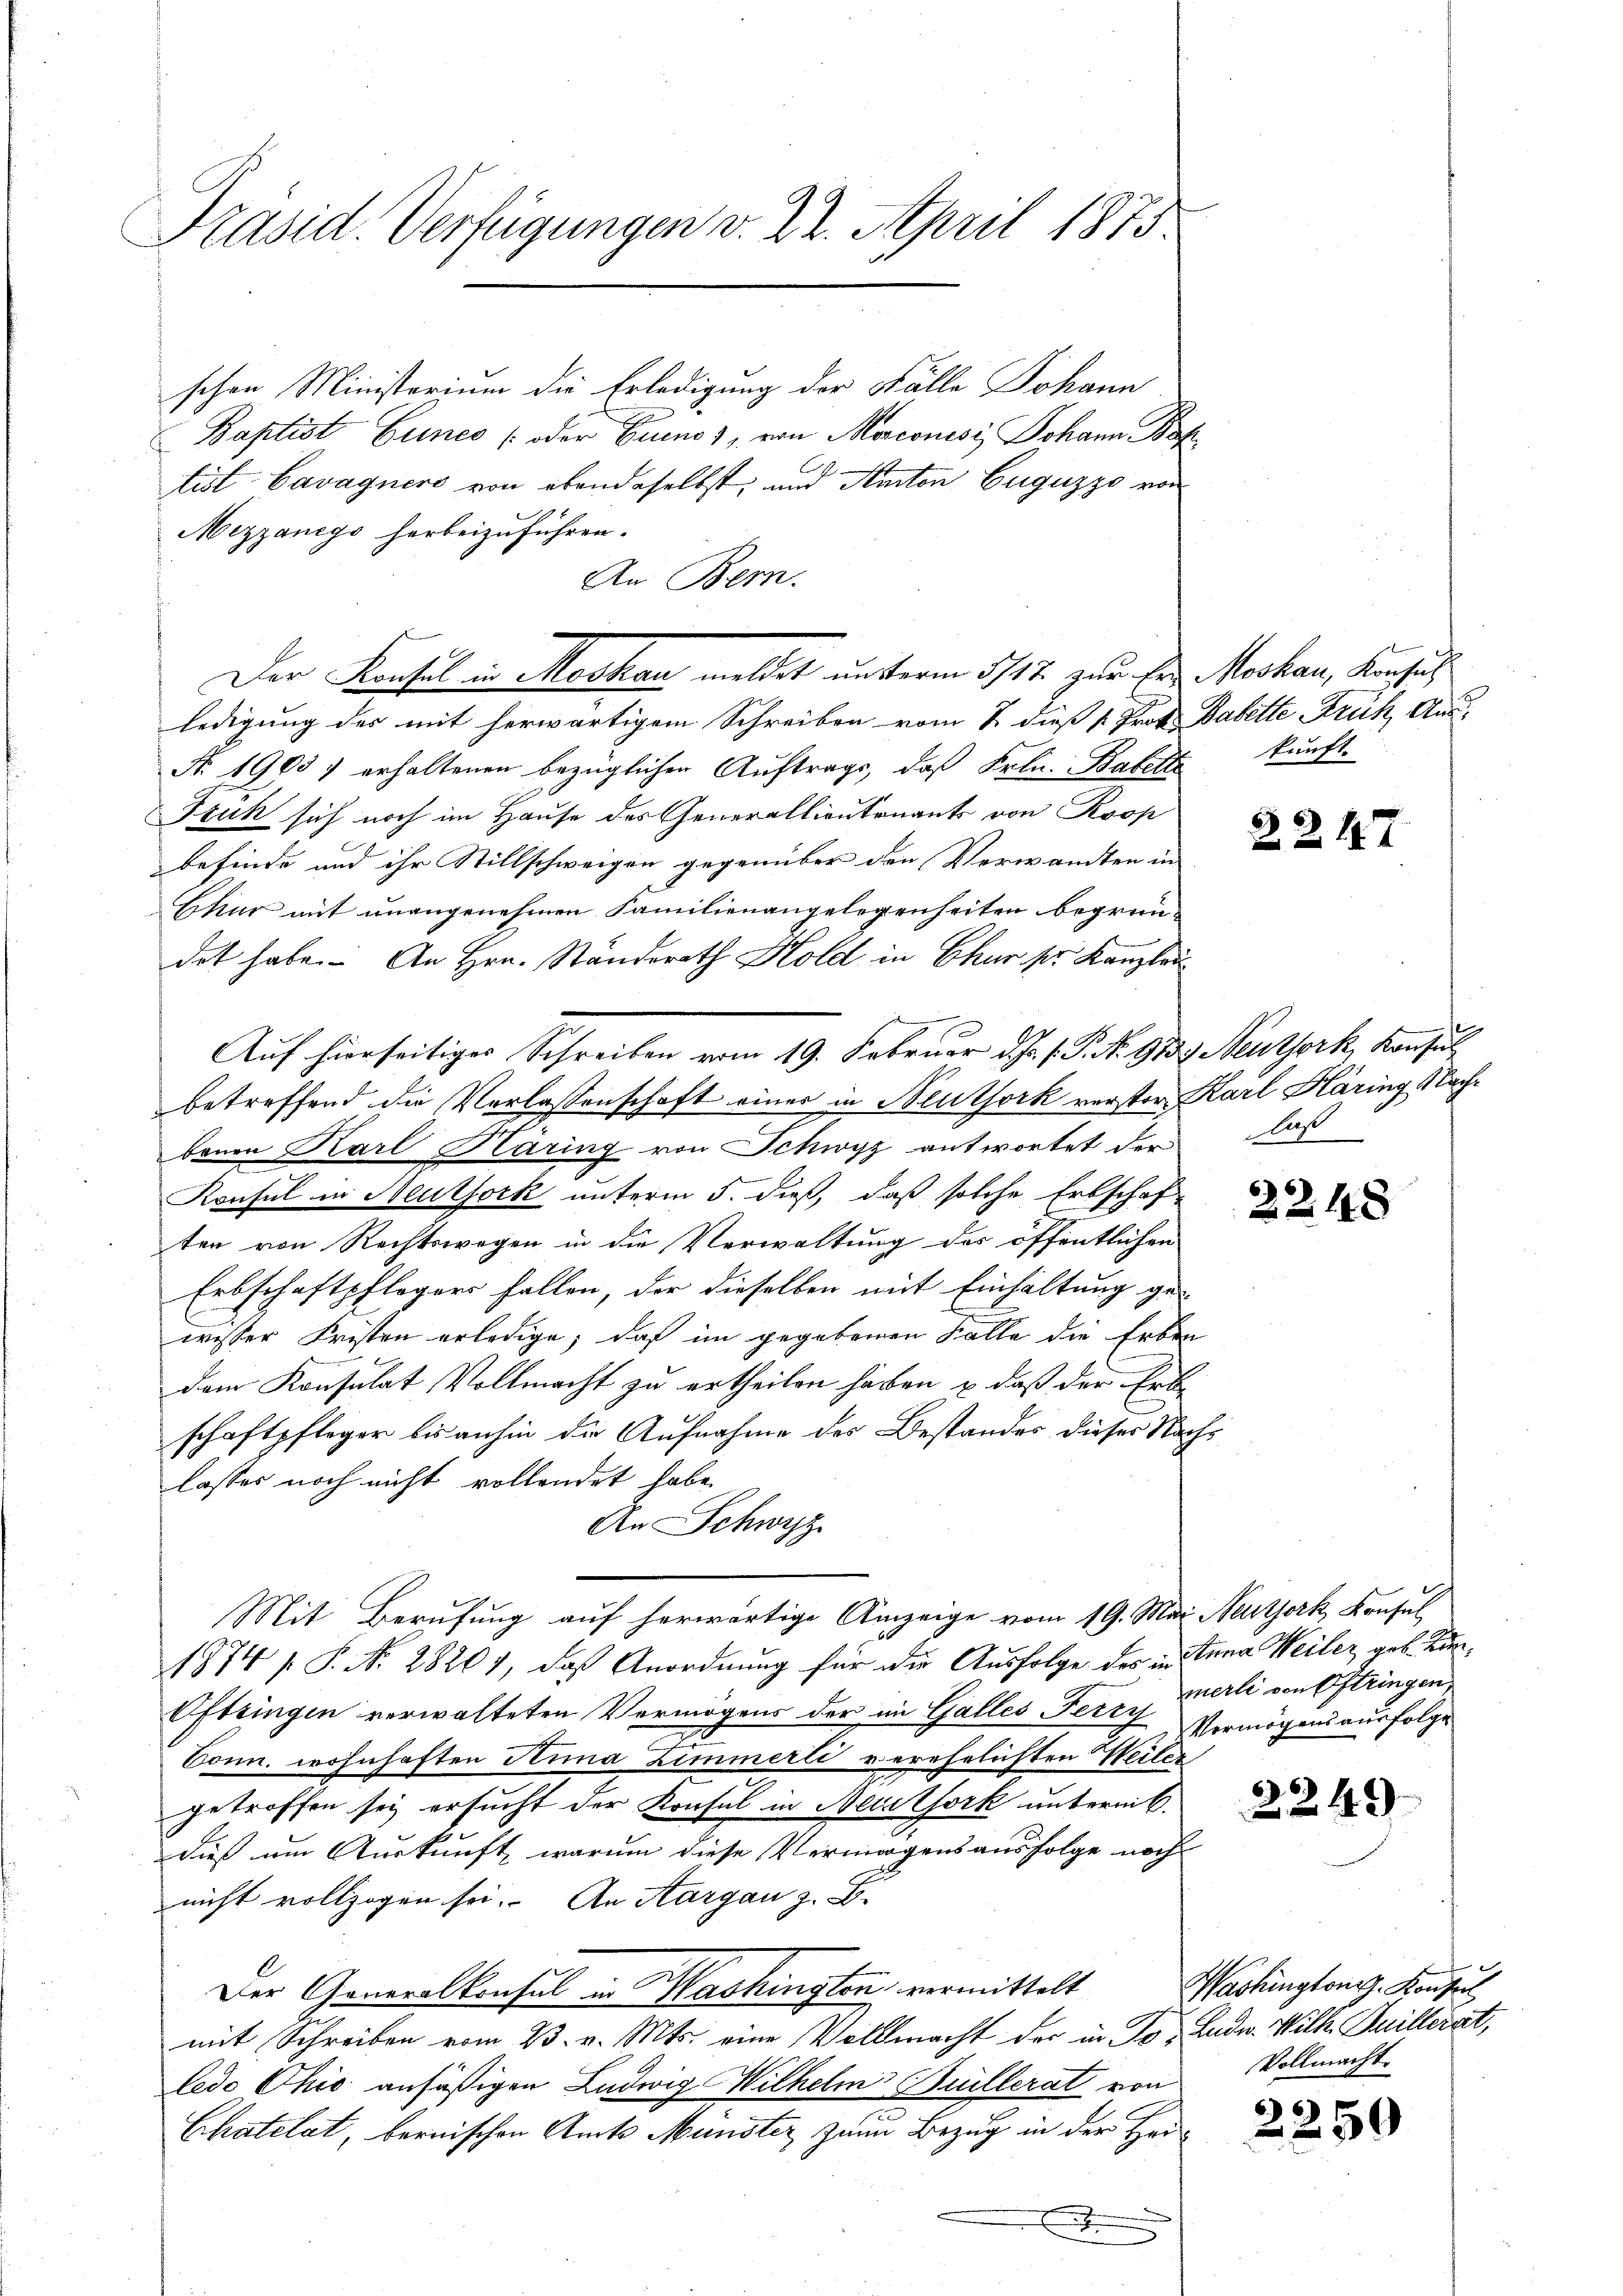
Präsid. Verfügungen v. 22. April 1875.

schen Ministerium die Erledigung der Fälle Johann
Baptist Einer (oder Euro 3, von Morconisi Johann Bot
tist Cavagnere von ebendaselbst, und Anton Euguzzo von
Mezzanego herbeizuführen.
An Bern.
ledigung des mit herwärtigem Schreiben vom 2. dieß 1. Prof. Babette Früh, Aus¬
N. 1903. erhaltenen bezüglichen Auftrags, daß Frln. Bafelt kunft.
Stuk sich noch im Hause des Generallieutenants von Kop
befinde und ihr Stillschweigen gegenüber den Verwandten in
Ekur mit unangenehmen Familienangelegenheiten begrün-
dot habe. An Hrn. Ständerath Hold in Chur pr. Kanzlei
5
betreffend die Verlassenschaft eines in Blutfork verster Karl Häring Nachbenen Karl Häring von Schwyz antwortet der
Konsul in Neuthork unterm 5. dieß, daß solche Erbschaf-
ten von Rechtswegen in die Verwaltung des öffentlichen
Erbschaftpflogers fallen, der dieselben mit Einhaltung ge-
wesser Fristen erledige; daß im gegebenen Falle die Erben
dem Konsulat Vollmacht zu ertheilen haben, & daß der Erb
schaftpfleger bis anhin die Aufnahme des Bestandes dieser Nachs
lasses noch nicht vollendet habe.
An Schwyz
Mit Berufung auf herwärtige Anzeige vom 19. Mai Neitzork, Konsul
1874 f. P. N. 28201, daß Anordnung für die Ausfolge der in Stana Weiler, geb. Kan¬
Oftringen verwalteten Vermögens der im Galles Petry Vermögensausfolge
n
Conn. wohnhaften Anna Zimmerli verehelichten Weiler,
getroffen sey ersucht der Konsul in Meistsork unternitdieß am Auskunft, warum diese Vermögensausfolge noch
nicht vollzogen sei. An Aargau z. B.
Der Generalkonsul in Washington, vermittelt
mit Schreiben vom 23. v. Mts. eine Vollmacht der in To- Ende. Wilh. Juillerat,
ledo Chić ansäßigen Ludwig Wilhelm Brillerat von
Chatelat, bernischen Amts Münster zum Bezug in der Her¬

Auf hierseitiges Schreiben vom 19. Februar d. J. J. J. N. 913. Neuthork, Konsul

Der Konsul in Moskau meldet unterm 5/12. zur Ein Moskau, Konsuch

Z. Z. 117

As

2248

merli von Oftringen.

2249

Washingtong. Konseil
Vollmacht.

2259